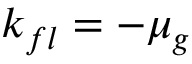
k _ { f l } = - \mu _ { g }